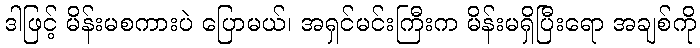
ဒါဖြင့် မိန်းမစကားပဲ ပြောမယ်၊ အရှင်မင်းကြီးက မိန်းမရှိပြီးရော အချစ်ကို